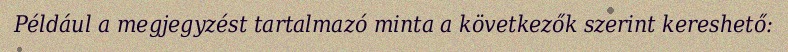
Például a megjegyzést tartalmazó minta a következők szerint kereshető: